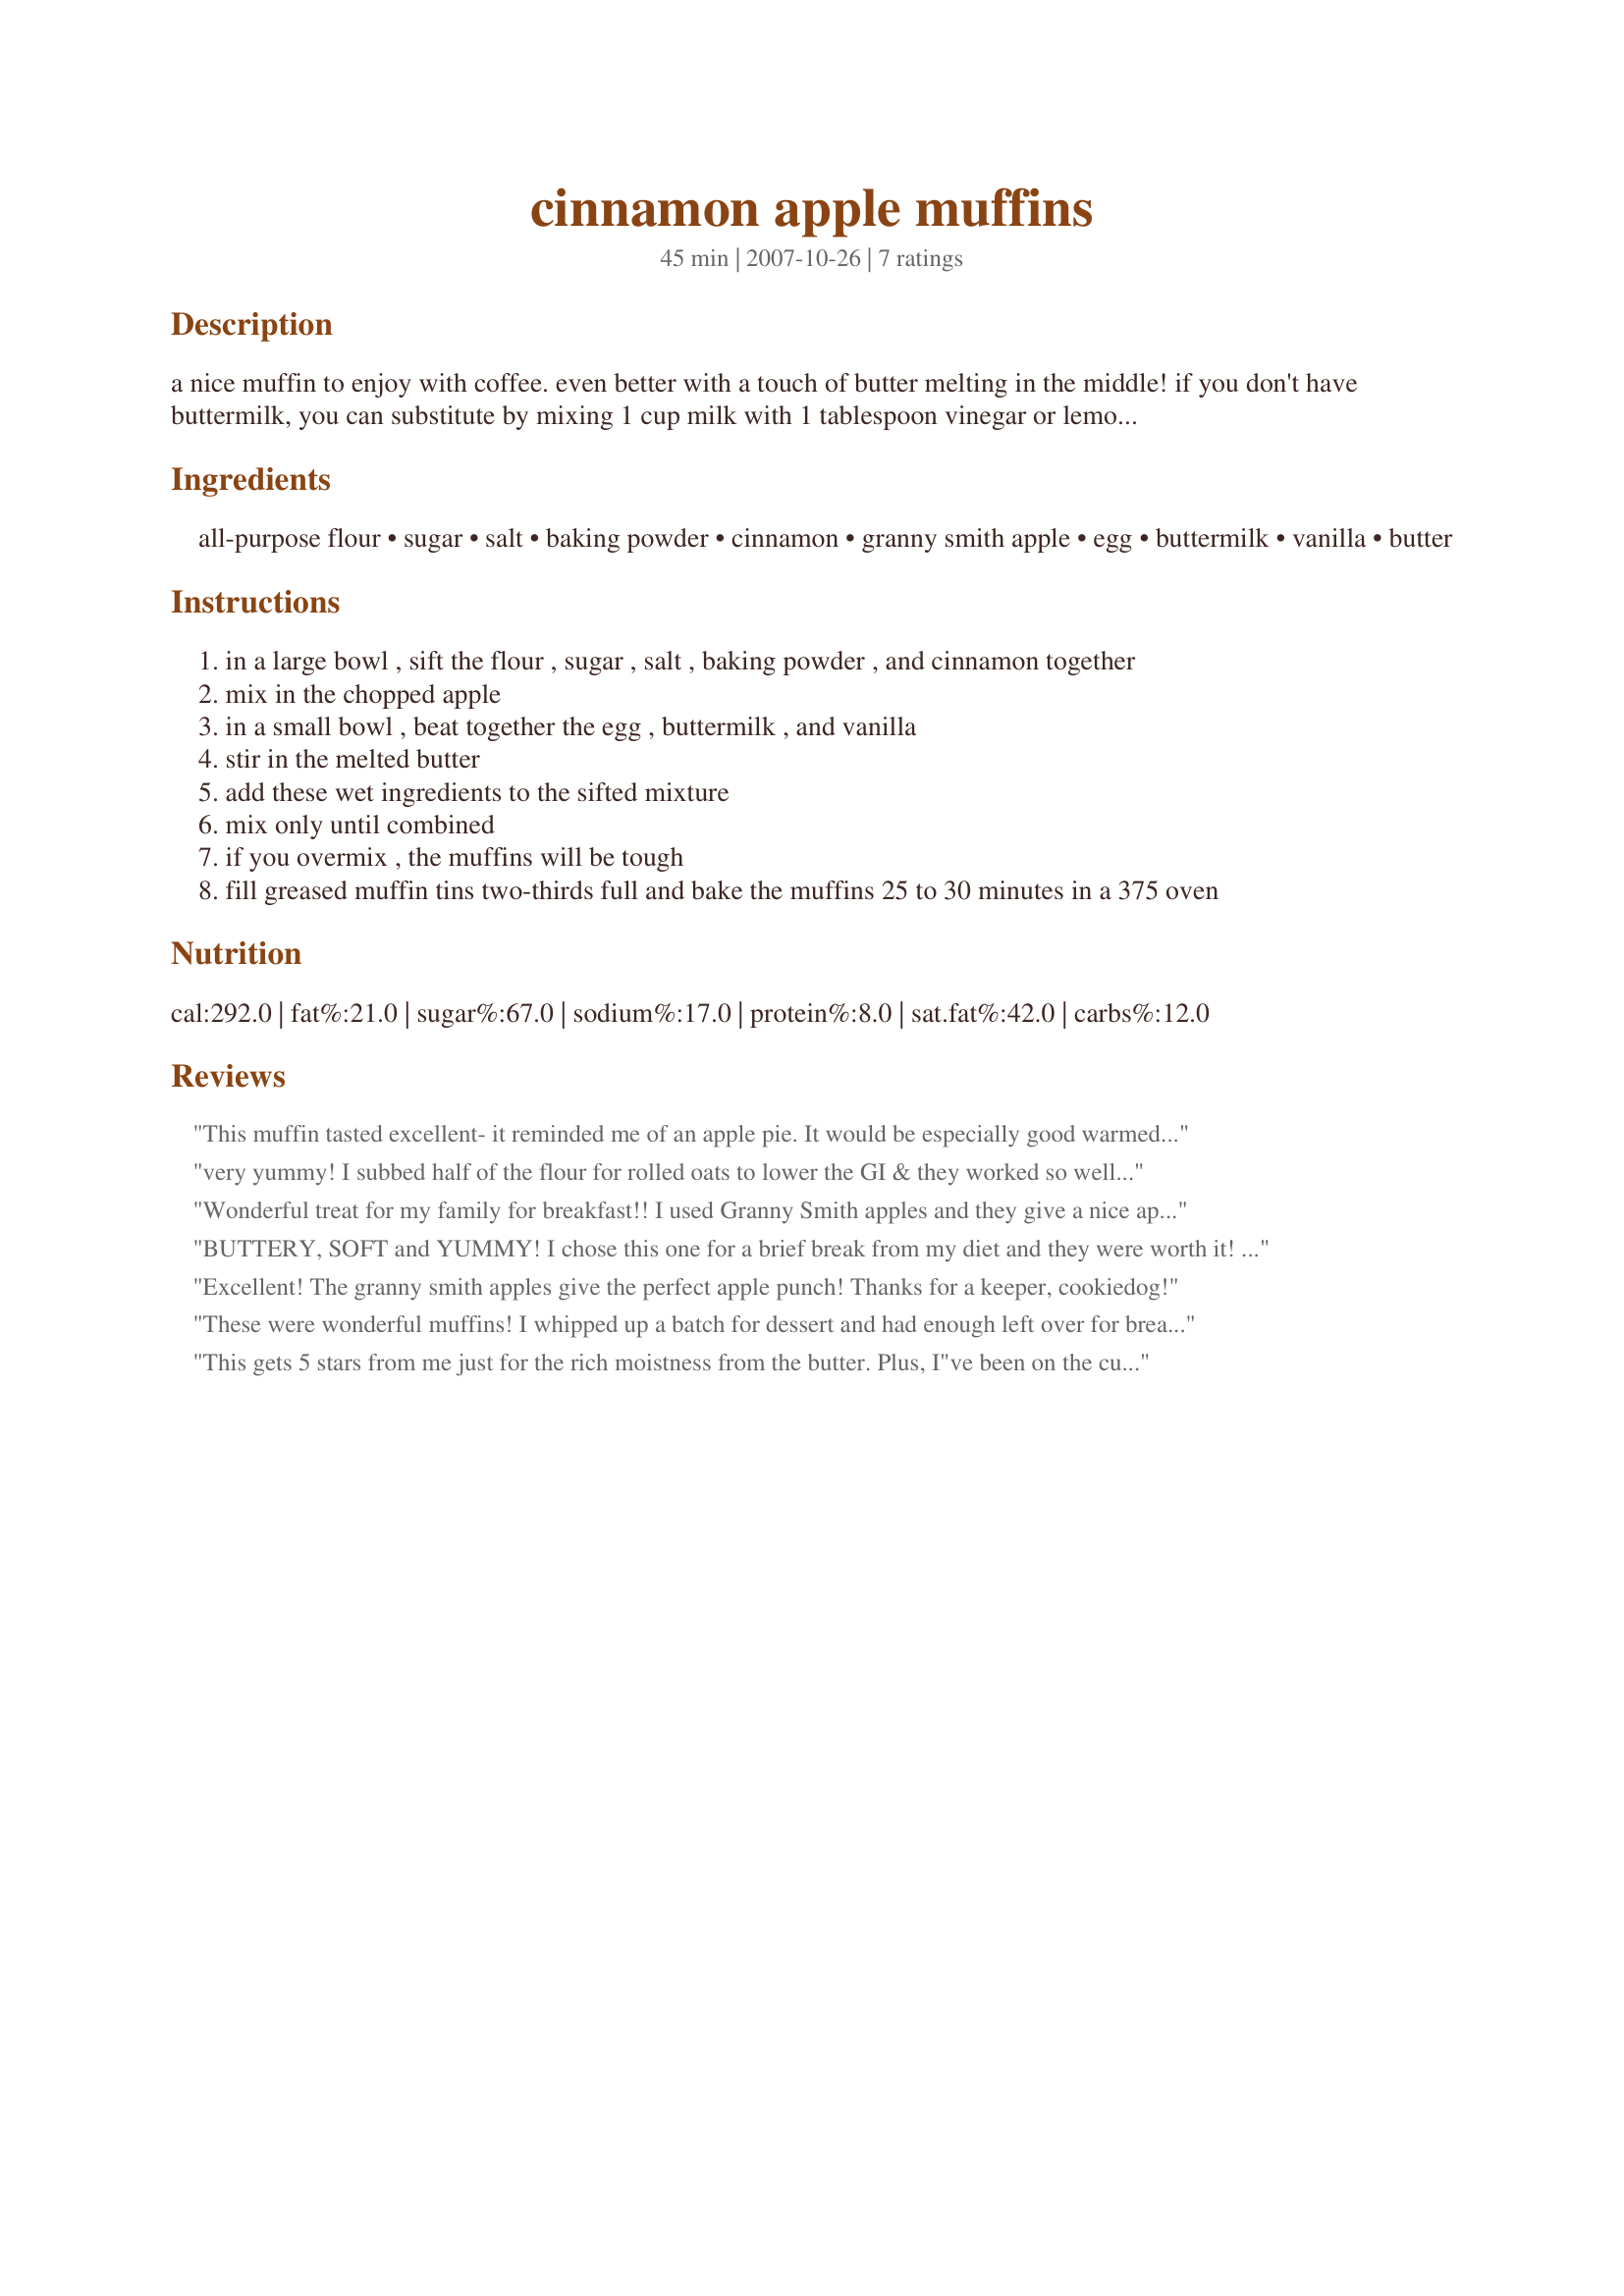
cinnamon apple muffins
Preparation time: 45 minutes

a nice muffin to enjoy with coffee. even better with a touch of butter melting in the middle! if you don't have buttermilk, you can substitute by mixing 1 cup milk with 1 tablespoon vinegar or lemon juice. let sit for 5 minutes then stir. recipe from petak's new york city. (carry-out cuisine)

Ingredients:
all-purpose flour, sugar, salt, baking powder, cinnamon, granny smith apple, egg, buttermilk, vanilla, butter

Steps:
in a large bowl , sift the flour , sugar , salt , baking powder , and cinnamon together
mix in the chopped apple
in a small bowl , beat together the egg , buttermilk , and vanilla
stir in the melted butter
add these wet ingredients to the sifted mixture
mix only until combined
if you overmix , the muffins will be tough
fill greased muffin tins two-thirds full and bake the muffins 25 to 30 minutes in a 375 oven

Reviews:
This muffin tasted excellent- it reminded me of an apple pie. It would be especially good warmed just a bit and with a scoop of vanilla ice cream on the side. I was worried when baking because the batter seemed too thick and clumpy. It did not pour into the muffin cups, instead I had a spoon a thick glop of it into the cups. But all concerns aside, they turned out well. I will make again.
very yummy! I subbed half of the flour for rolled oats to lower the GI & they worked so well! Thanks for a great recipe :-)
Wonderful treat for my family for breakfast!! I used Granny Smith apples and they give a nice apple taste to the muffins. Has a nice butterly background flavor that just tops it all off! :) Made for the Red Tag game in TOTM.
BUTTERY, SOFT and YUMMY! I chose this one for a brief break from my diet and they were worth it! Made as directed. I enjoyed one hot from the oven and it was great but these improved even more at room temperature. I think these would be wonderful with streusal topping. Made for Zaar tag.
Excellent! The granny smith apples give the perfect apple punch! Thanks for a keeper, cookiedog!
These were wonderful muffins! I whipped up a batch for dessert and had enough left over for breakfast the next morning as well (we're a family of 6!). The apple cooks nicely and wasn't too crispy at all (I did use Gayla instead of granny smith). Thanks for the recipe!
This gets 5 stars from me just for the rich moistness from the butter. Plus, I"ve been on the culinary pastry tours thru N.Y.C. and knew by tagging this recipe it was bound to be a good one. It did not disappoint. Followed your recipe exact and it made me 14 large muffins. Thanks Stephanie. Made for 123 Hit Wonders and Redsie's MuffinMania 08!!~
